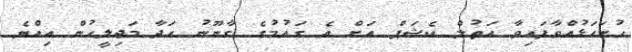
ހުށަހަޅުއްވާފައިވާ އަތުލް ކެޝަޕް އަށް އެ ގައުމުގެ ގާނޫނު ހަދާ މަޖިލީހުން އިއްޔެ